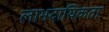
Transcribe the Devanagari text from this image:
लाभदायिकता